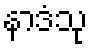
နာဒံသု